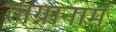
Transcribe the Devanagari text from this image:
लग्नानाम